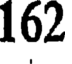
162